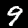
Label: 9